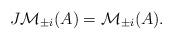
LaTeX: \begin{align*}J \mathcal{M}_{\pm i}(A) = \mathcal{M}_{\pm i}(A).\end{align*}